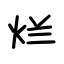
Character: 烂